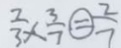
\frac { 2 } { 3 } \times \frac { 3 } { 7 } \textcircled { = } \frac { 2 } { 7 }